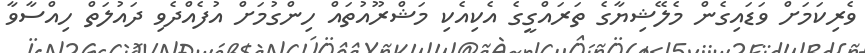
ވެރިކަމަށް ވަޑައިގެން މެލޭޝިޔާގެ ތަރައްގީގެ އެކިއެކި މަޝްރޫއުތައް ހިންގުމަށް އުފެއްދެވި ދައުލަތް ހިއްސާވާ